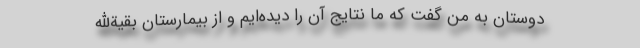
دوستان به من گفت که ما نتایج آن را دیده‌ایم و از بیمارستان بقیةالله